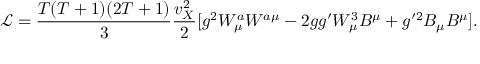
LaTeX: \mathcal { L } = \frac { T ( T + 1 ) ( 2 T + 1 ) } { 3 } \frac { v _ { X } ^ { 2 } } { 2 } [ g ^ { 2 } W _ { \mu } ^ { a } W ^ { a \mu } - 2 g g ^ { \prime } W _ { \mu } ^ { 3 } B ^ { \mu } + g ^ { \prime 2 } B _ { \mu } B ^ { \mu } ] .